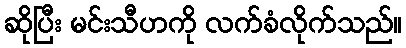
ဆိုပြီး မင်းသီဟကို လက်ခံလိုက်သည်။